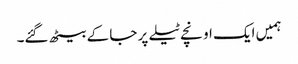
ہمیں ایک اونچے ٹیلے پر جا کے بیٹھ گئے۔